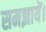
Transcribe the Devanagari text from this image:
समझायें।